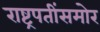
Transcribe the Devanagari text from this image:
राष्ट्रपतींसमोर